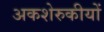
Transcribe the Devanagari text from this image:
अकशेरुकीयों